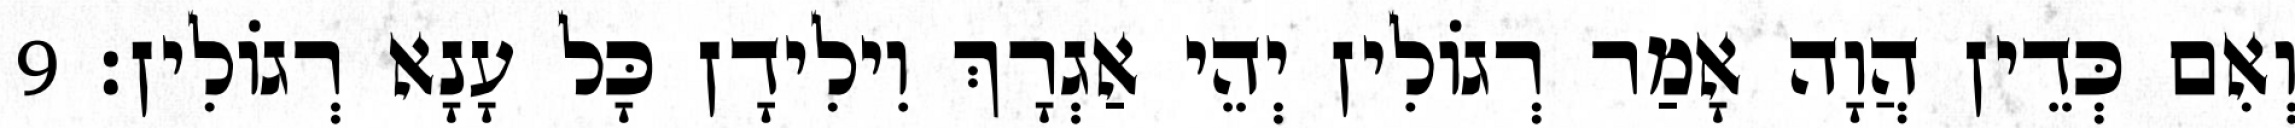
וְאִם כְּדֵין הֲוָה אָמַר רְגוֹלִין יְהֵי אַגְרָךְ וִילִידָן כָּל עָנָא רְגוֹלִין׃ 9